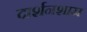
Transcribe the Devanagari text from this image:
दार्शनशास्र